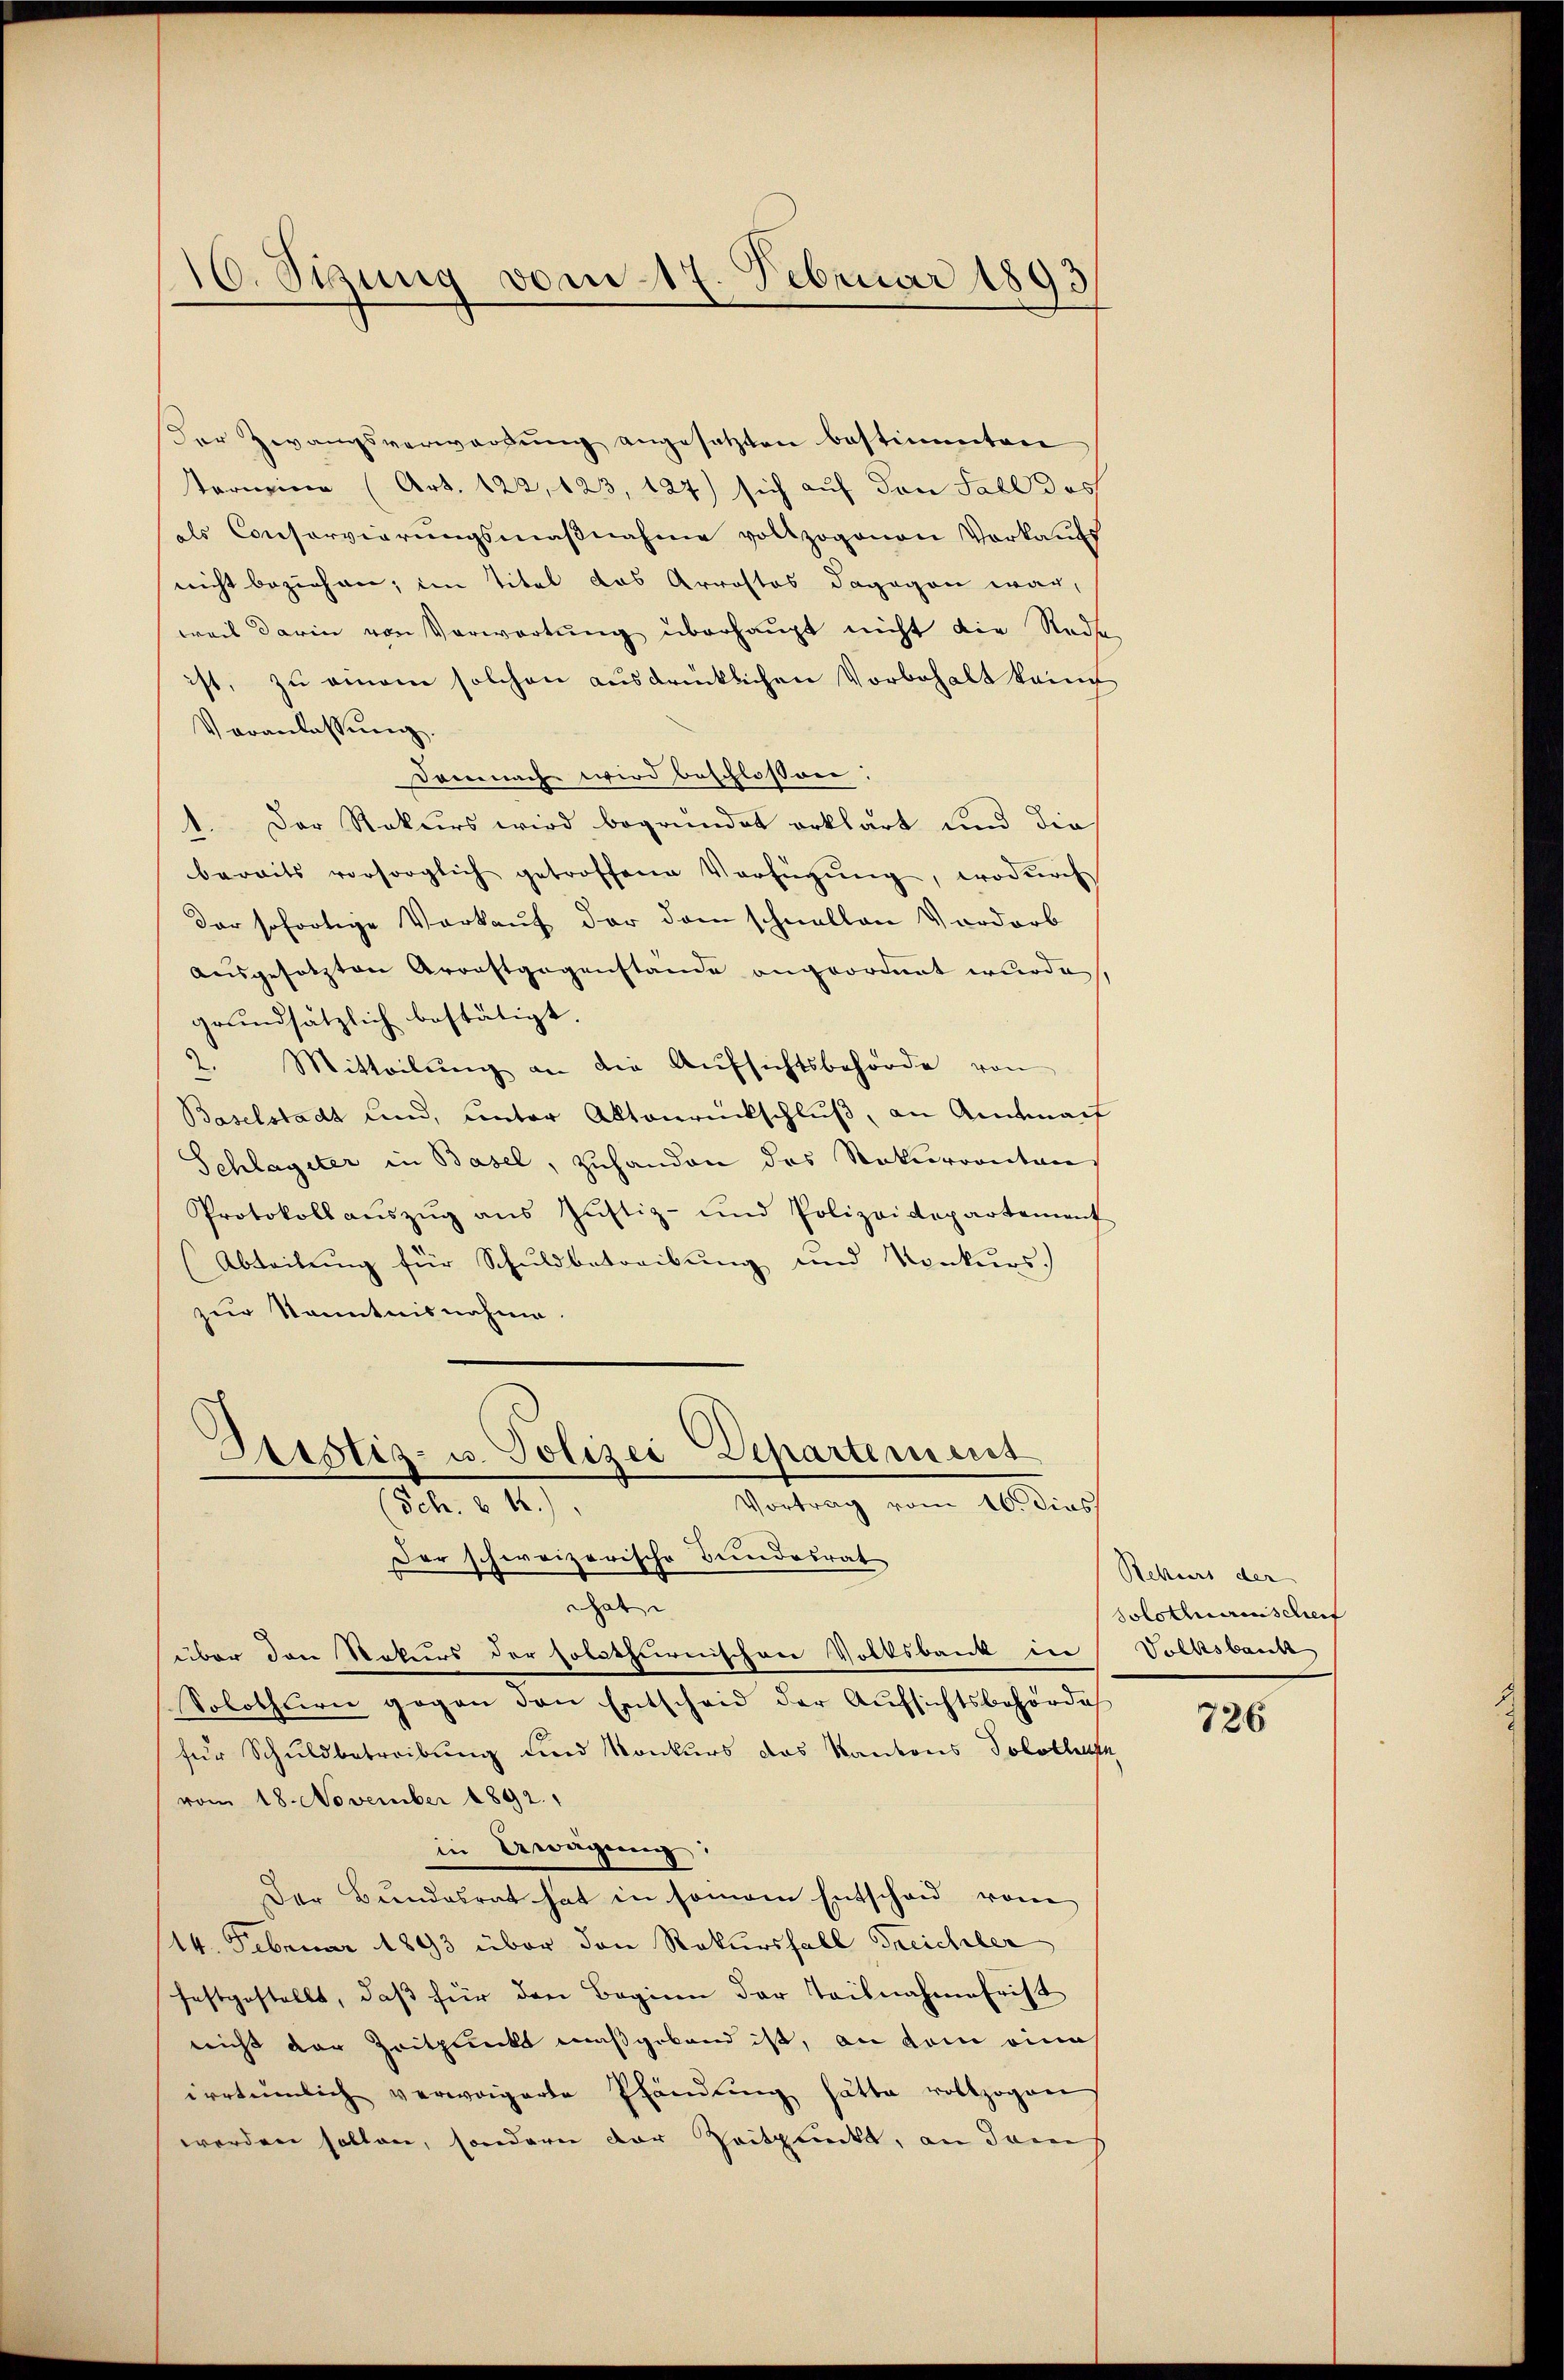
16. Sigung vom 17. Februar 1893

Der Zwangsverwartung angesetzten bestimmten
Tornien (Art. 122, 123, 124) sich auf den Fall das
als Conservierungsmaßnahme vollzogenen Vorkaufs
nicht beziehen; im Titel das Arrostos dagegen war,
weil darin von Verwartung überhaupt nicht die Rede
ist, zu amon solchen ausdrücklichen Vorbehalt kein
Veranlassung.
Demnach wird beschlossen:
Der Rekurs wird begründet erklärt und die
beraits vorsorglich getroffene Verfügŭng, wodŭrch
Dar sofortige Vorkauf der dem schnellen Vordorb
ausgesetzten Arorstgegenstände angeordnet wurde,
grundsätzlich bestätigt.
" Mitteilŭng an die Aŭfsichtsbehörde von
Baselstadt und, unter Aktenrückschluß, an Amtmant
Schlageter in Basel, zuhanden das Naturrontan
Protokoll aŭszŭg aŭs Jŭstiz- und Polizeidepartement
Abteilŭng für Schuldbetreibung und Konkurs.
zur Kenntnisnahme.

Sistiz- u. Polizei Departement
Vortrag vom 16. dies
(Sch. v. 4.)

Der schweizerische Bundesrat
That
über den Rekurs der solothurnischen Volksbank in
Solothurn gegen den Entscheid der Aŭfsichtsbehörde
für Schuldbetreibung und Konkurs das Kantons Solothurn
vom 18. November 1892.
in Erwägŭng:
Der Bundesrat hat in sonam Entschau vom
14. Februar 1893 über den Rekursfall Freichler
festgestellt, daß für den Beginn der Teilnahmefrist
nicht der Zeitpunkt maßgeband ist, an dem eines
irrtümlich verwagerte Pfändung hätte vollzogen
werden sollen, sondern der Zeitpunckt, an dem

Rekurs der
solothurenischen
Volksbank

726